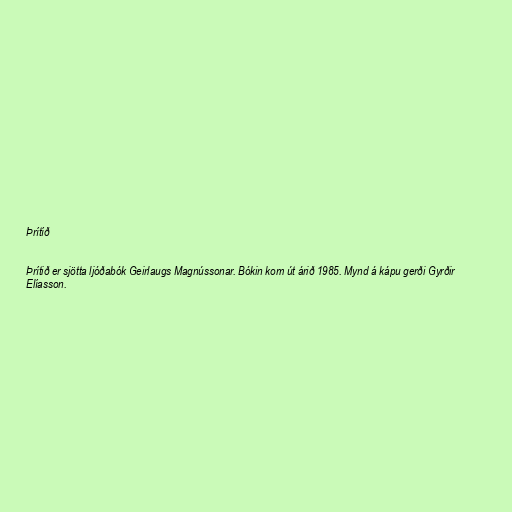
Þrítíð

Þrítið er sjötta ljóðabók Geirlaugs Magnússonar. Bókin kom út árið 1985. Mynd á kápu gerði Gyrðir
Elíasson.